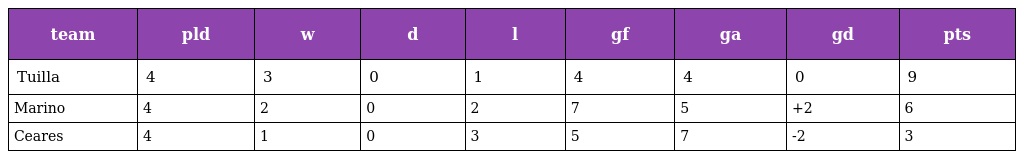
| team | pld | w | d | l | gf | ga | gd | pts |
 | --- | --- | --- | --- | --- | --- | --- | --- | --- |
 | Tuilla | 4 | 3 | 0 | 1 | 4 | 4 | 0 | 9 |
 | Marino | 4 | 2 | 0 | 2 | 7 | 5 | +2 | 6 |
 | Ceares | 4 | 1 | 0 | 3 | 5 | 7 | -2 | 3 |